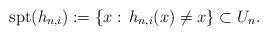
LaTeX: \begin{align*}\textrm{spt}(h_{n,i}):=\{x:\, h_{n,i}(x)\neq x\} \subset U_n.\end{align*}